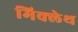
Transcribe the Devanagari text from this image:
मिक्लेथ